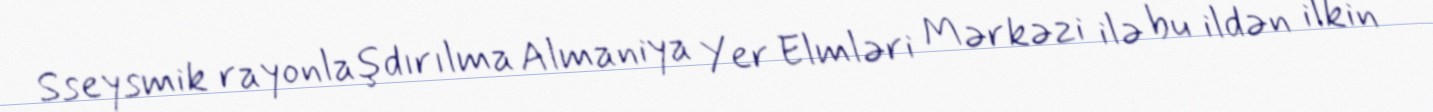
Sseysmik rayonlaşdırılma Almaniya Yer Elmləri Mərkəzi ilə bu ildən ilkin